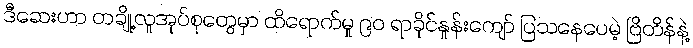
ဒီဆေးဟာ တချို့လူအုပ်စုတွေမှာ ထိရောက်မှု ၉၀ ရာခိုင်နှုန်းကျော် ပြသနေပေမဲ့ ဗြိတိန်နဲ့